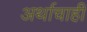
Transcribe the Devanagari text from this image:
अर्थाचाही